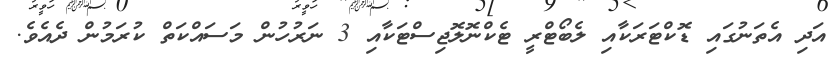
އަދި އެތަނުގައި ޑޮކްޓަރަކާއި ލެބޯޓްރީ ޓެކްނޮލޮޖިސްޓަކާއި 3 ނަރުހުން މަސައްކަތް ކުރަމުން ދެއެވެ.